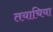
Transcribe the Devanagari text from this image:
तयाचिया